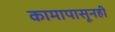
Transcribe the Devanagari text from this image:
कामापासूनही